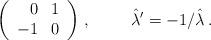
LaTeX: \begin{align*}\left(\begin{array}{rr}0 & 1 \\-1 & 0 \\\end{array}\right)\, , \hspace{1cm}\hat{\lambda}^{\prime} = -1/\hat{\lambda}\, .\end{align*}